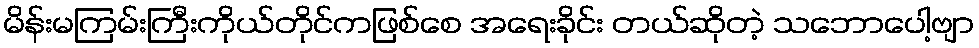
မိန်းမကြမ်းကြီးကိုယ်တိုင်ကဖြစ်စေ အရေးခိုင်း တယ်ဆိုတဲ့ သဘောပေါ့ဗျာ